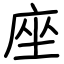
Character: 座